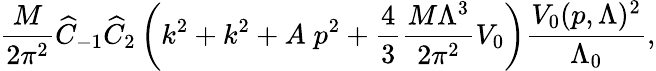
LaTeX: \frac{M}{2\pi^{2}}\widehat C_{-1}\widehat C_{2}\left(k^{2}+k^{2}+A\; p^{2}+\frac{4}{3}\frac{M\Lambda^{3}}{2\pi^{2}}V_{0}\right)\frac{V_{0}(p,\Lambda)^{2}}{\Lambda_{0}},